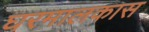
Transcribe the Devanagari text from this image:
घरमालकास